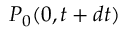
P _ { 0 } ( 0 , t + d t )